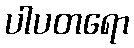
ပါပတရော